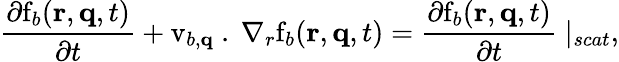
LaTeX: \frac{\partial\textrm{f}_{b}(\mathbf{r},\mathbf{q},t)}{\partial t}+\textrm{v}_{b,\mathbf{q}}\ .\ \nabla_{r}\textrm{f}_{b}(\mathbf{r},\mathbf{q},t)=\frac{\partial\textrm{f}_{b}(\mathbf{r},\mathbf{q},t)}{\partial t}\mid_{scat},